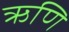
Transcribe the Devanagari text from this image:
ऋणि